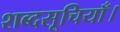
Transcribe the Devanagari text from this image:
शब्दसूचियाँ।